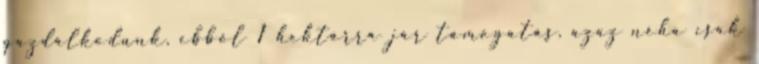
gazdálkodunk, ebből 1 hektárra jár támogatás, azaz néha csak